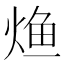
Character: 𰞳